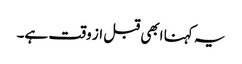
یہ کہنا ابھی قبل از وقت ہے۔